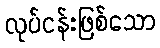
လုပ်ငန်းဖြစ်သော